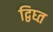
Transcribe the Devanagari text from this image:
द्विघ्त